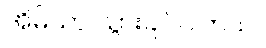
အိမ်သာ သွားချင်ပါတယ်။